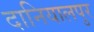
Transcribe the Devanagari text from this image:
दानियालपुर